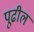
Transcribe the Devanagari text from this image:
पूढील